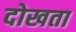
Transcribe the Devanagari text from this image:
दोखता